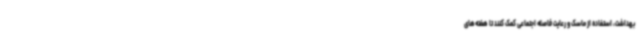
بهداشت، استفاده از ماسک و رعایت فاصله اجتماعی کمک کنند تا هفته‌های